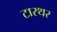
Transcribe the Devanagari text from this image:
टारथर